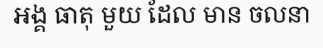
អង្គ ធាតុ មួយ ដែល មាន ចលនា